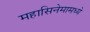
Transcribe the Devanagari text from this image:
महासिनेमामध्ये